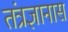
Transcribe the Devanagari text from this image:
तंत्रज्ञानास